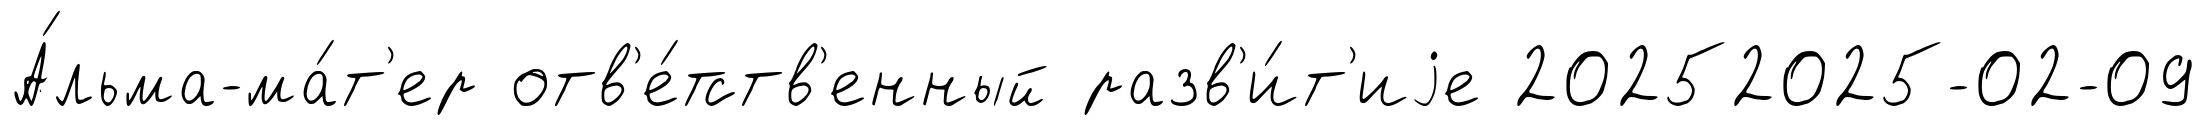
А́льма-ма́т'ер отв'е́тств'енный разв'и́т'иjе 20252025-02-09